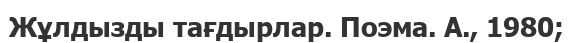
Жұлдызды тағдырлар. Поэма. А., 1980;